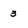
Character: 3